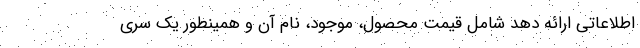
اطلاعاتی ارائه دهد شامل قیمت محصول، موجود، نام آن و همینطور یک سری